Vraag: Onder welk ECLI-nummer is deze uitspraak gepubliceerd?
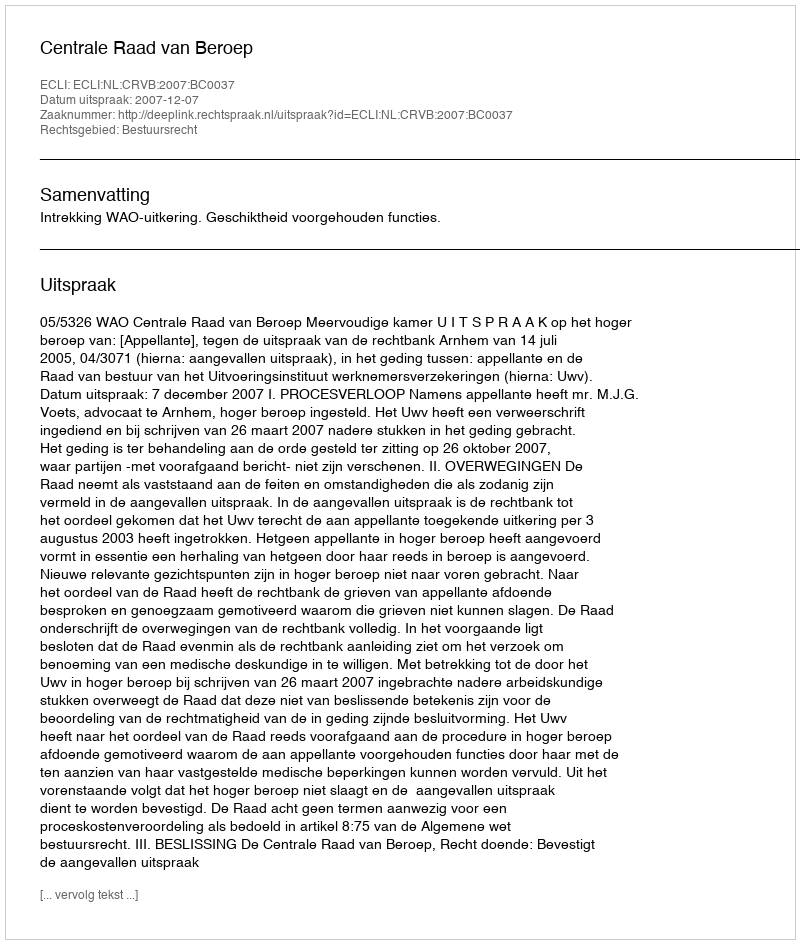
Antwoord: ECLI:NL:CRVB:2007:BC0037